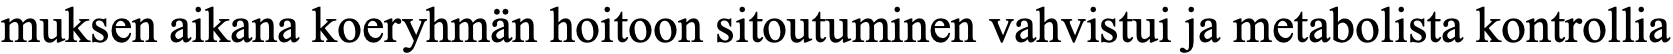
muksen aikana koeryhmän hoitoon sitoutuminen vahvistui ja metabolista kontrollia